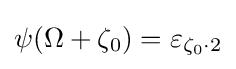
\psi (\Omega +\zeta _{0})=\varepsilon _{\zeta _{0}\cdot 2}